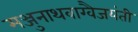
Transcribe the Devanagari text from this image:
मञ्जुनाथवाग्वैजयंती